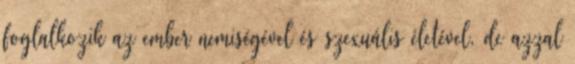
foglalkozik az ember nemiségével és szexuális életével, de azzal